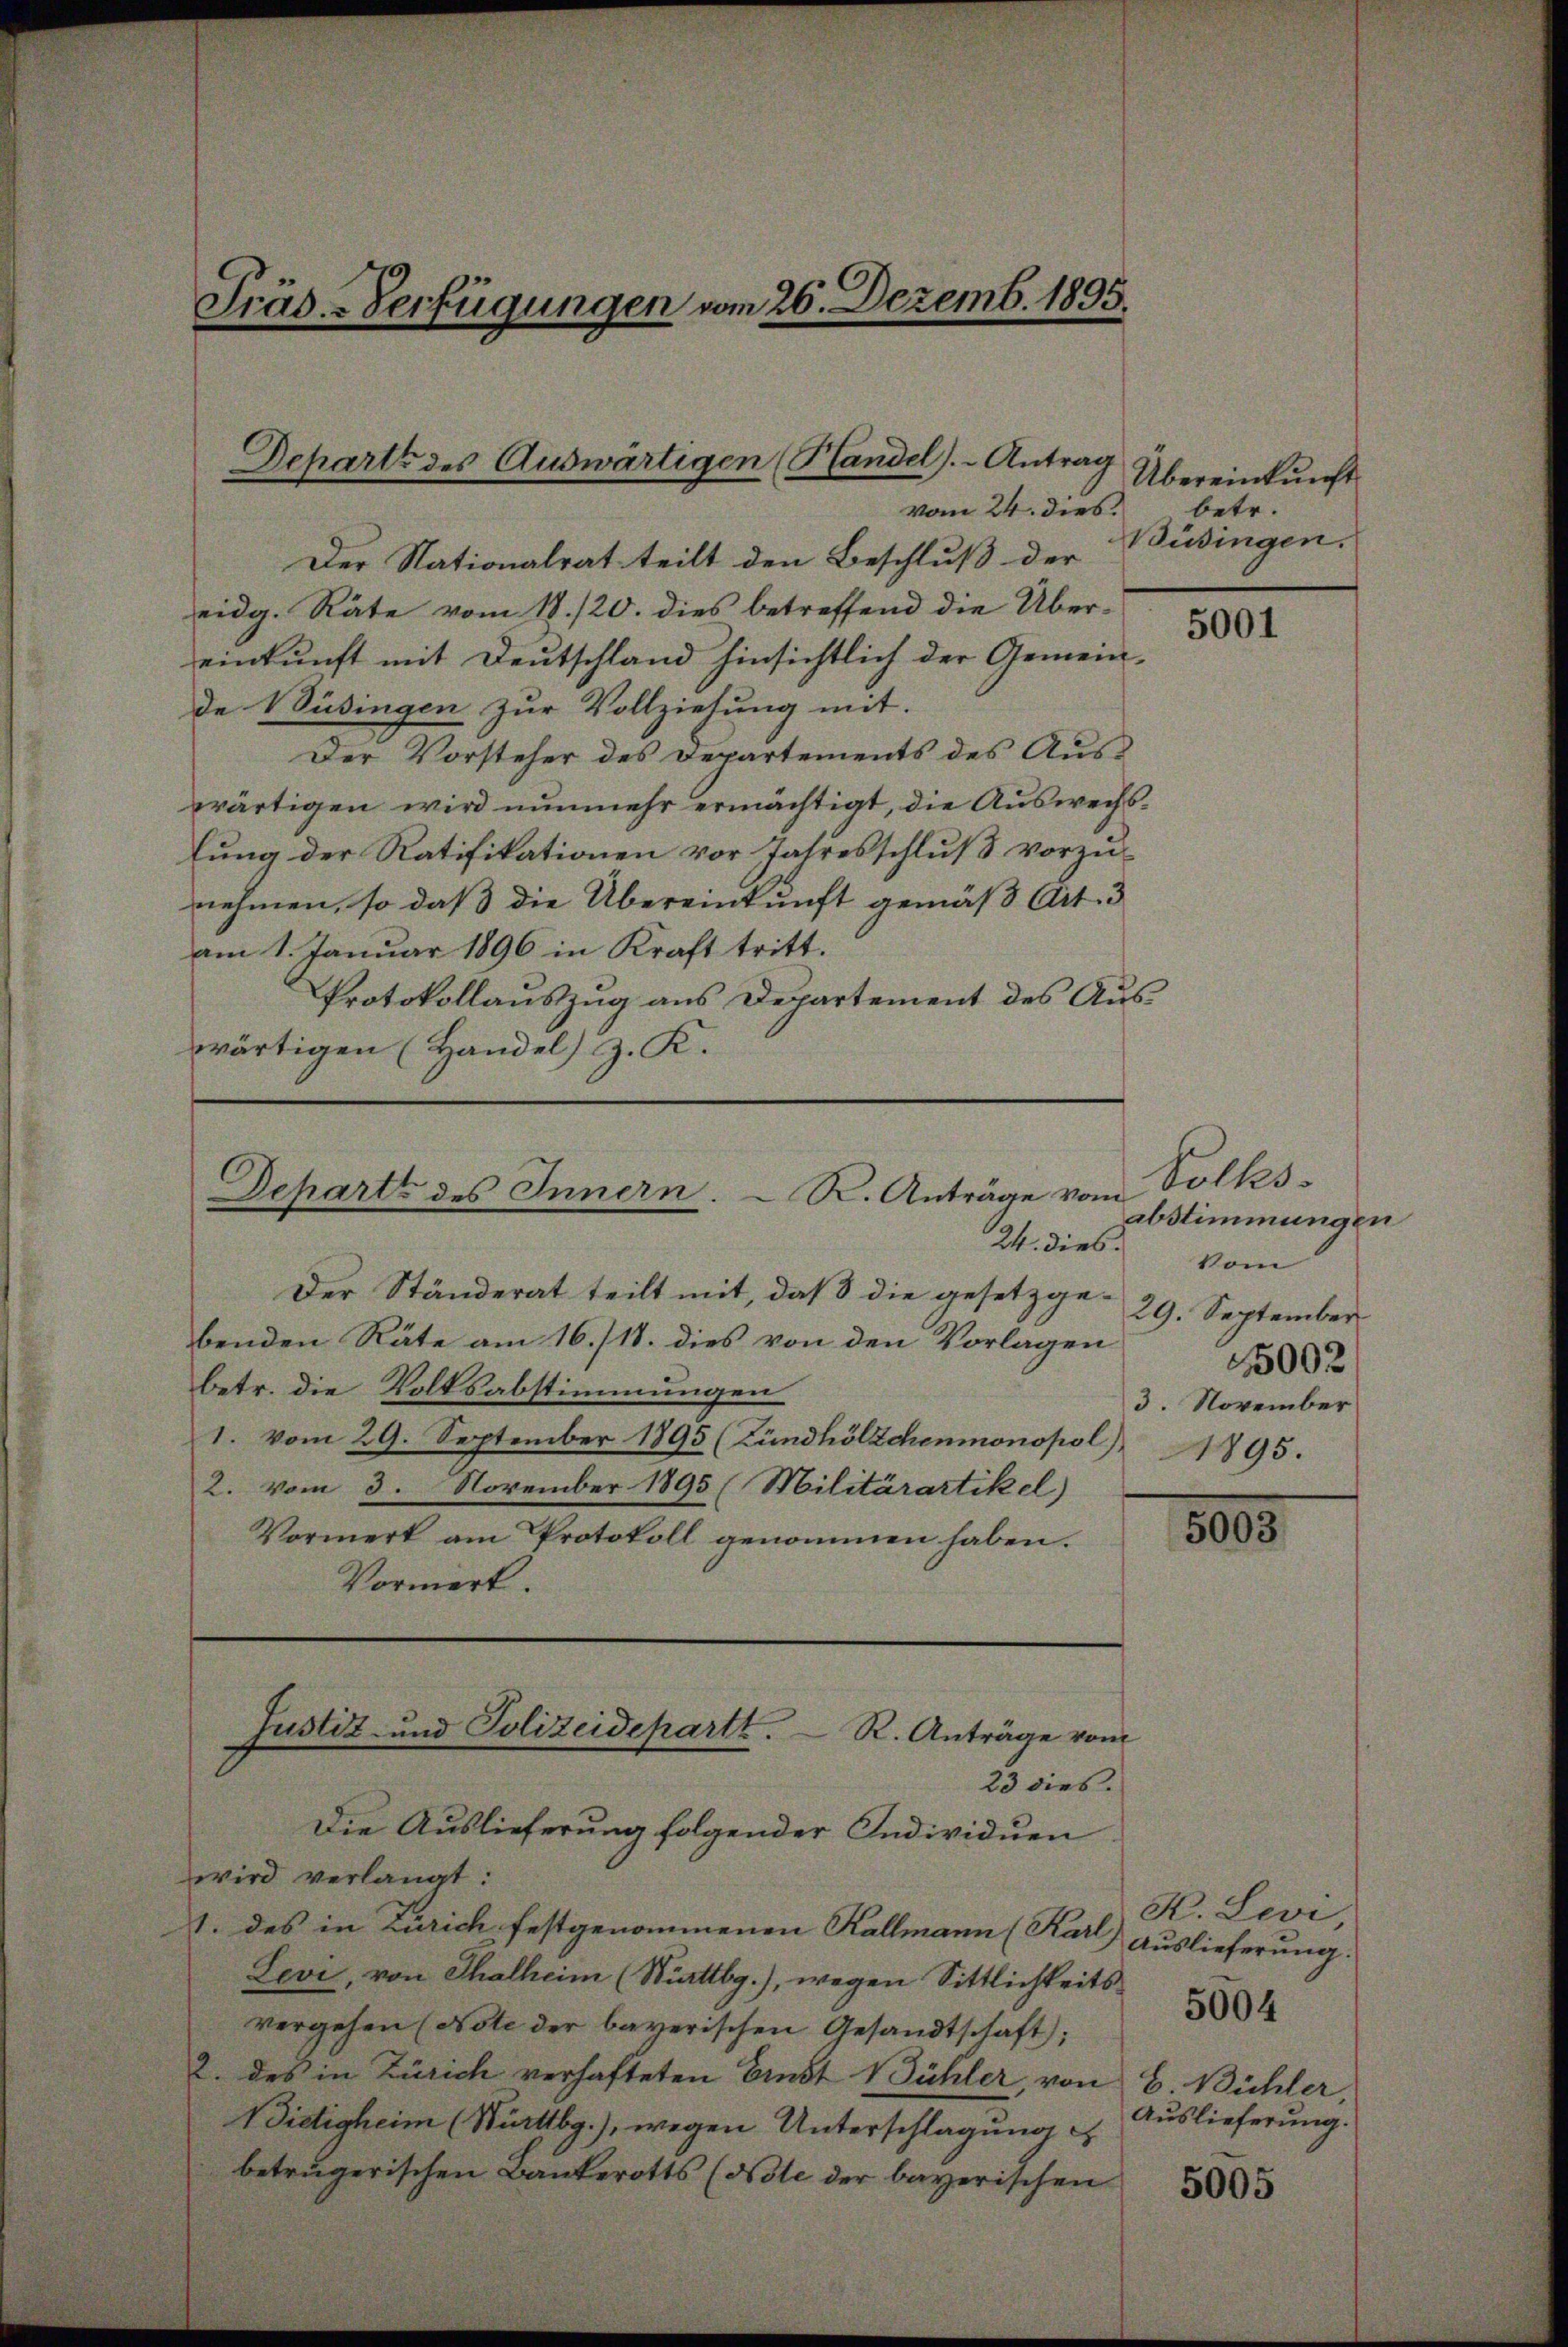
vom 24. dies
Der Nationalrat teilt den Beschluß der
eidg. Räte vom 18./20. dies betreffend die Über-
einkunft mit Deutschland hinsichtlich der Gemein-
de Büsingen zur Vollziehung mit.
Der Vorsteher des Departements des Auswärtigen wird nunmehr ermächtigt, die Auswechslung der Ratifikationen vor Jahresschluß vorzunehmen, so daß die Übereinkunft gemäß Art. 3
am 1. Januar 1896 in Kraft tritt.
Protokollauszug aus Departement des Auswärtigen (Handel) z. K.

Präs.-Verfügungen vom 26. Dezemb. 1895.

Departs des Auswärtigen (Plandel). Antrag

Departs des Innern. R. Anträge vom
24. dies vom

Justiz- und Polizeidepartt. R. Anträge vom
23 dies.

Der Ständerat teilt mit, daß die gesetzgebenden Räte am 16./18. dies von den Vorlagen
betr. die Volksabstimmungen
1. vom 29. September 1895 (Zündhölzchenmonopol)
2. vom 3. November 1895 (Militärartikel)
Vormerk am Protokoll genommen haben.
Vormerk.

Die Auslieferung folgender Individuen
wird verlangt:
1. des in Zürich festgenommenen Kallmann (Karl Auslieferung.
Levi, von Thalheim (Württbg.), wegen Sittlichkeitsvergehen (Note der bayerischen Gesandtschaft);
2. des in Zürich verhafteten Ernst Bühler von H. Bühler,
Bietigheim (Württbg.), wegen Unterschlagung
betrügerischen Bankerotts (Note der bayerischen

Übereinkunft
betr.
Büsingen.

5001

Volks-
abstimmungen
29. September
5002
3. November
1895.

800

K. Levi,
Auslieferung.

5004

5005